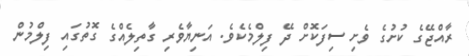
ރާއްޖޭގެ ކުށުގެ ވެށި ސިފަކޮށް ދޭ ފިލްމެކެވެ. އަނިޔާވެރި ގާތިލެއްގެ ގޮތުގައި ފިލްމުން